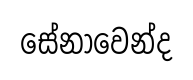
සේනාවෙන්ද